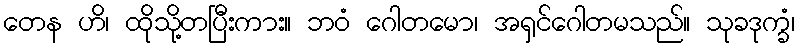
တေန ဟိ၊ ထိုသို့တပြီးကား။ ဘဝံ ဂေါတမော၊ အရှင်ဂေါတမသည်။ သုခဒုက္ခံ၊